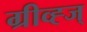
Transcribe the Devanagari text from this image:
ग्रीव्ह्ज्